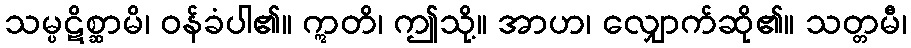
သမ္ပဋိစ္ဆာမိ၊ ဝန်ခံပါ၏။ ဣတိ၊ ဤသို့။ အာဟ၊ လျှောက်ဆို၏။ သတ္တမီ၊